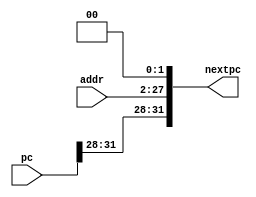
`timescale 1ns / 1ps
//////////////////////////////////////////////////////////////////////////////////
// Company: 
// Engineer: 
// 
// Design Name: 
// Module Name: PCAdd
// Project Name: 
// Target Devices: 
// Tool Versions: 
// Description: 
// 
// Dependencies: 
// 
// Revision:
// Revision 0.01 - File Created
// Additional Comments:
// 
//////////////////////////////////////////////////////////////////////////////////


module PCAdd(
    input [25:0] addr,
    input [31:0] pc,
    output reg [31:0] nextpc
    );
    always@(addr) begin
        nextpc[31:28] = pc[31:28];
        nextpc[27:2] <= addr[25:0];
        nextpc[1] <= 0;
        nextpc[0] <= 0;
    end
endmodule